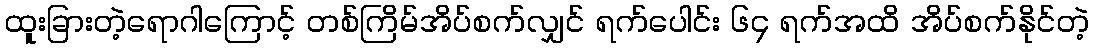
ထူးခြားတဲ့ရောဂါကြောင့် တစ်ကြိမ်အိပ်စက်လျှင် ရက်ပေါင်း ၆၄ ရက်အထိ အိပ်စက်နိုင်တဲ့